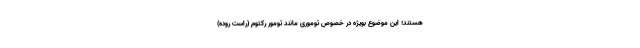
هستند؛ این موضوع بویژه در خصوص توموری مانند تومور رکتوم (راست روده)